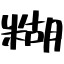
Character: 糊